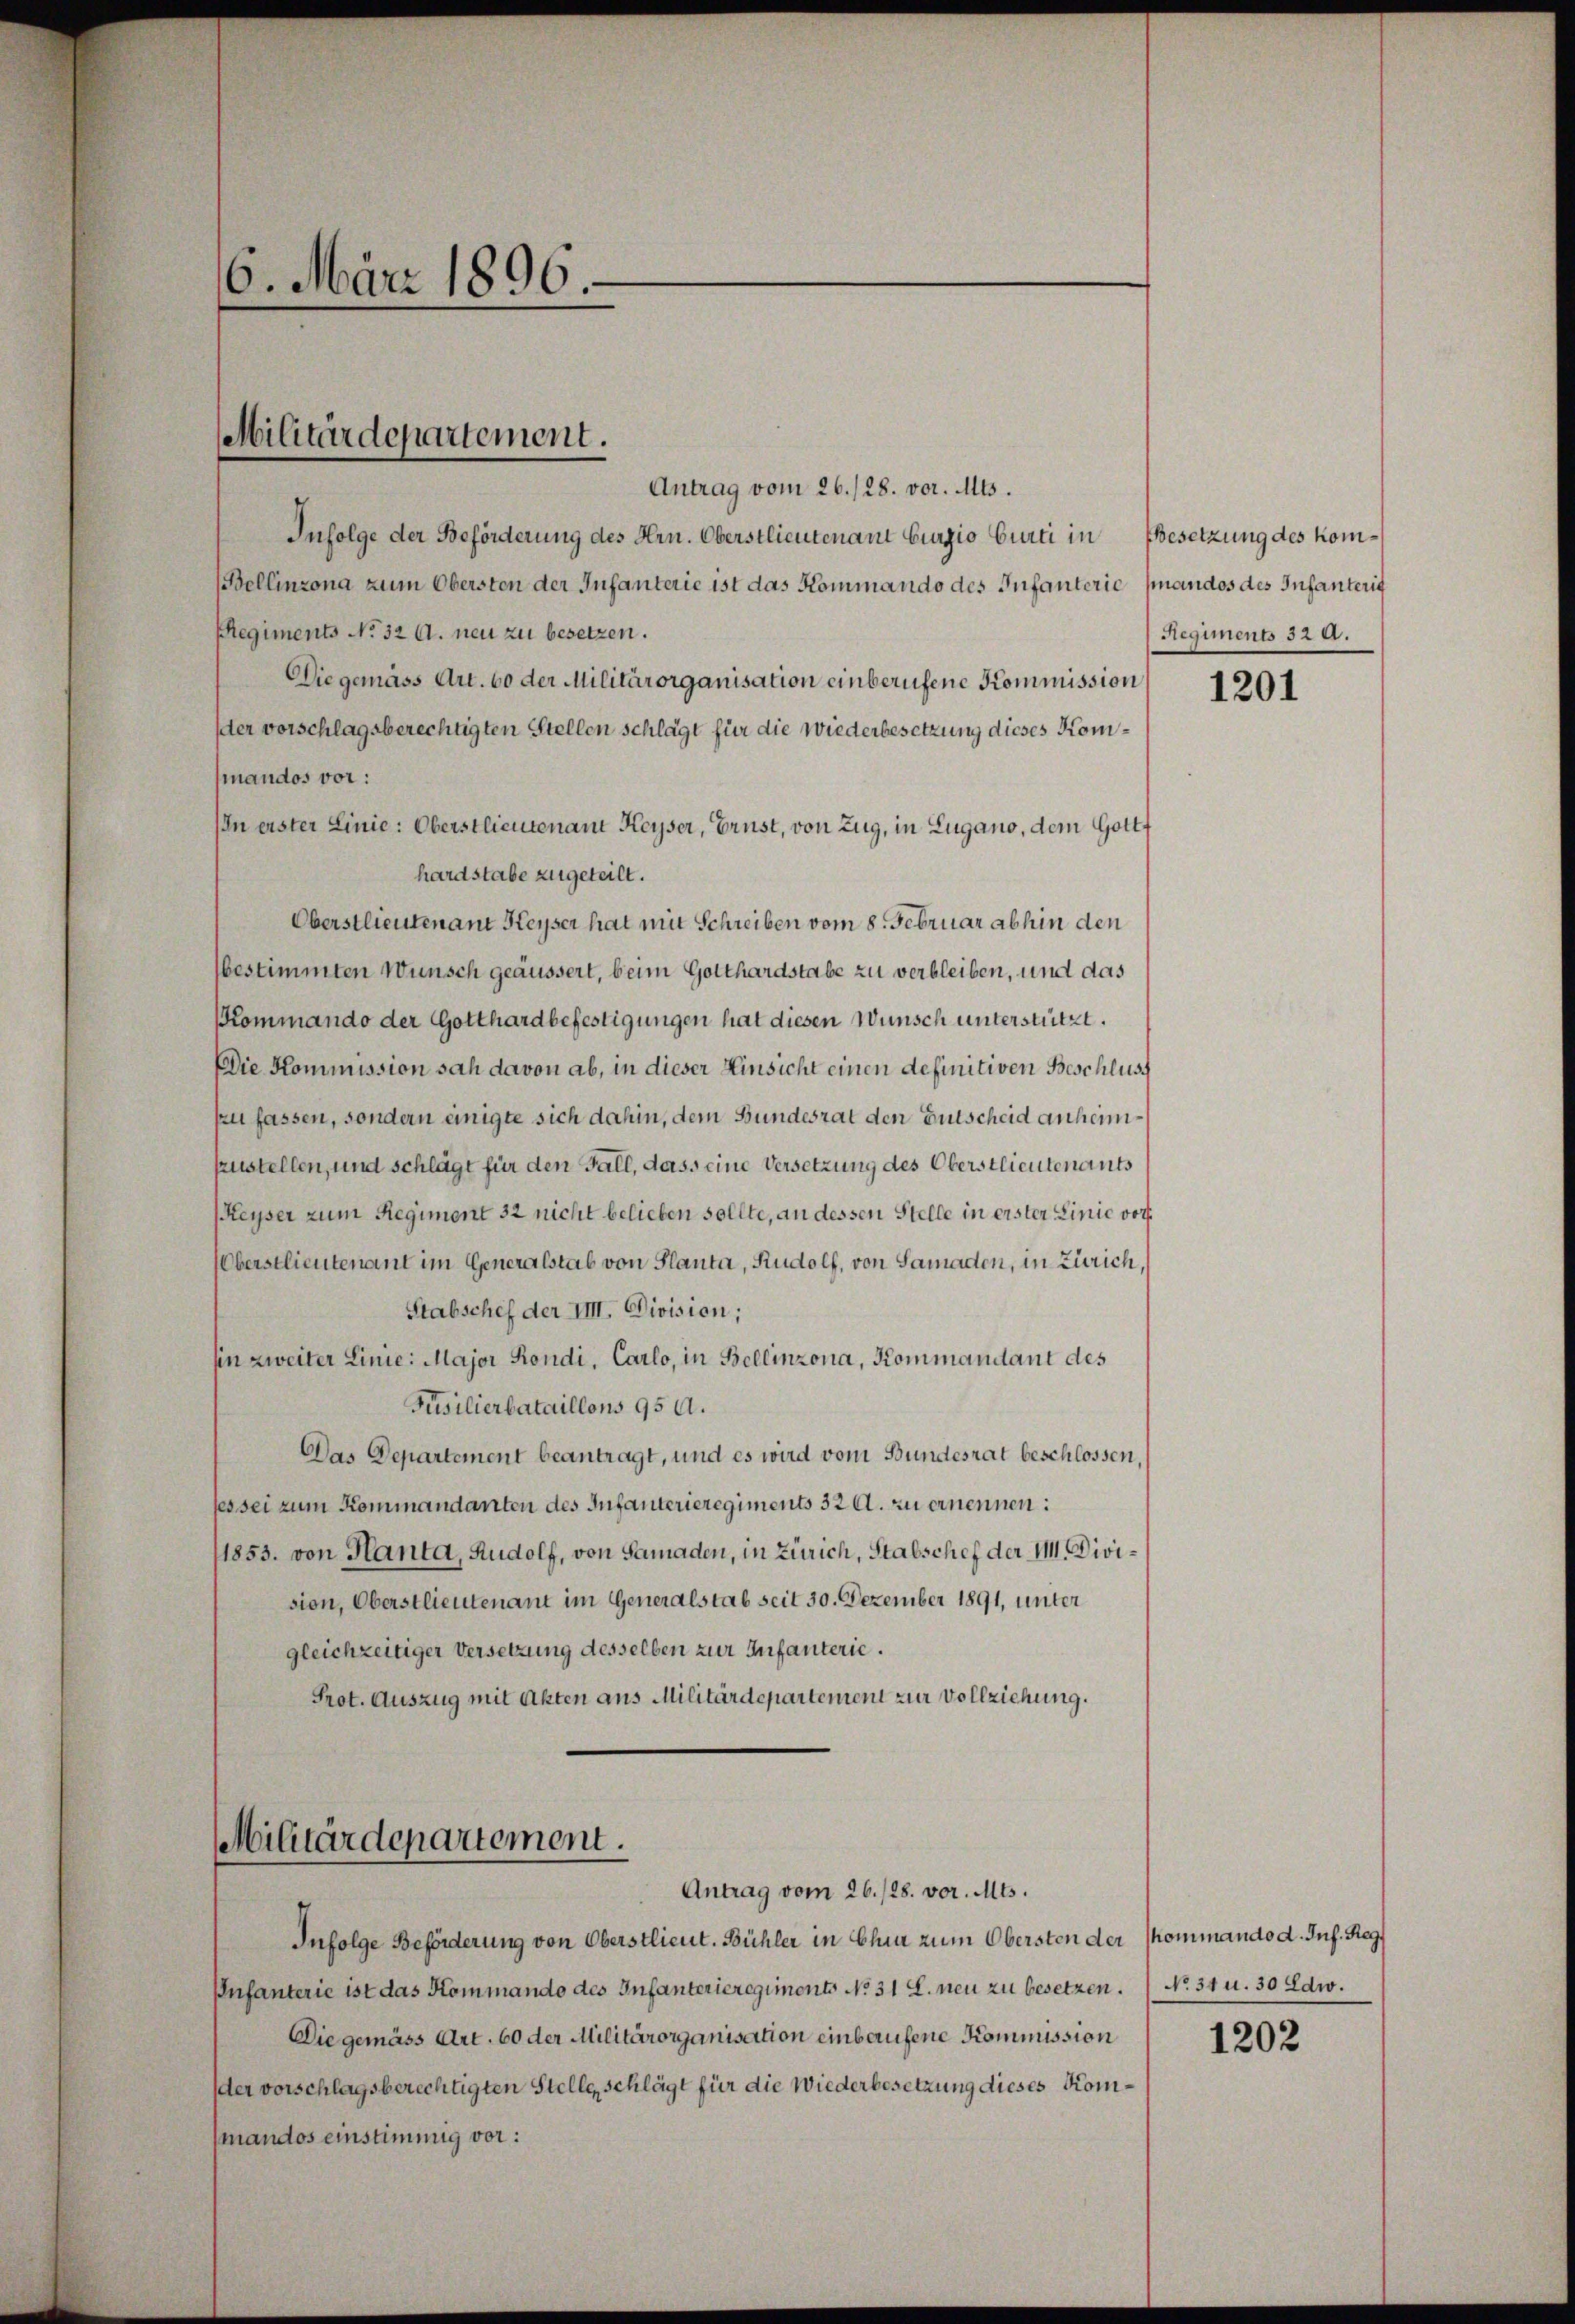
6. März 1896.

Antrag vom 26./28. vor. Mts.
Infolge der Beförderung des Hrn. Oberstlieutenant Burgio Curti in
Bellinzona zum Obersten der Infanterie ist das Kommando des Infanterie finandos des Infanteris
Regiments No 32 A. neu zu besetzen.
Die gemass Art. 60 der Militärorganisation einberufene Kommission
der vorschlagsberechtigten Stellen schlägt für die Wiederbesetzung dieses Kommandos vor:
IIn erster Linie: Oberstlieutenant Keyser, Ernst, von Zug, in Lugano, dem Gottf
hardstabe zugeteilt.
Oberstlieutenant Keyser hat mit Schreiben vom 8. Februar abhin den
bestimmten Wunsch geäussert, beim Gotthardstabe zu verbleiben, und das
Kommando der Gotthardbefestigungen hat diesen Wunsch unterstützt.
Die Kommission sah davon ab, in dieser Einsicht einen definitiven Beschluss
ku fassen, sondern einigte sich dahin, dem Bundesrat den Gutscheid anheimzustellen, und schlägt für den Fall, dass eine Versetzung des Oberstlieutenants
Reyser zum Regiment 32 nicht belieben sollte, an dessen Stelle in erster Linie vor¬
Oberstlieutenant im Generalstab von Planta, Rudolf, von Samaden, in Zürich,
Stabschef der IIII. Division;
hin zweiter Linie: Major Kondi, Carlo, in Bellinzona, Kommandant des
Füsilierbataillons 950.
Das Departement beantragt, und es wird vom Bundesrat beschlossen,
ses sei zum Kommandanten des Infanterieregiments 32 d. zu ernennen:
1853. von Kanta, Rudolf, von Samaden, in Zürich, Stabschef der M. Division, Oberstlieutenant im Generalstab seit 30. Dezember 1891, unter
gleichzeitiger Versetzung desselben zur Infanterie.
Prot. Auszug mit Akten aus Militärdepartement zur Vollziehung.

Militärdepartement.

Infolge Beförderung von Oberstlieut. Bühler in Chur zum Obersten der
Infanterie ist das Kommando des Infanterieregiments No. 31 l. neu zu besetzen. No. 34 u. 30 Edw.
Die gemäss Art. 60 der Militärorganisation einberufene Kommission
der vorschlagsberechtigten Stelle, schlägt für die Wiederbesetzung dieses Kommandos einstimmig vor:

Militärdepartement.
Antrag vom 26./28. vor. Mts.

Besetzung des kom¬
Regiments 32 A.

1201

skommando d. Inf. Reg

1202